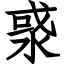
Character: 㳼